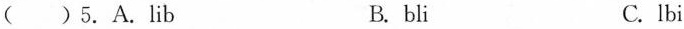
( )5.A. Lib B. bli C. lbi